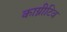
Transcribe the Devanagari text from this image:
काग्नीटिव